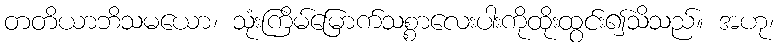
တတိယာဘိသမယော၊ သုံးကြိမ်မြောက်သစ္စာလေးပါးကိုထိုးထွင်း၍သိသည်။ အဟု၊